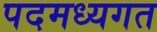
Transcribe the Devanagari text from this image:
पदमध्यगत